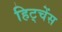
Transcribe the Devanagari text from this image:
हिट्चेंस